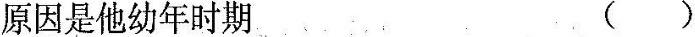
原因是他幼年时期 ()